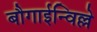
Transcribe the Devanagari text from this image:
बौगाईन्विल्ले